Calcutta medical institutions reports 1871-78
Year: 1871
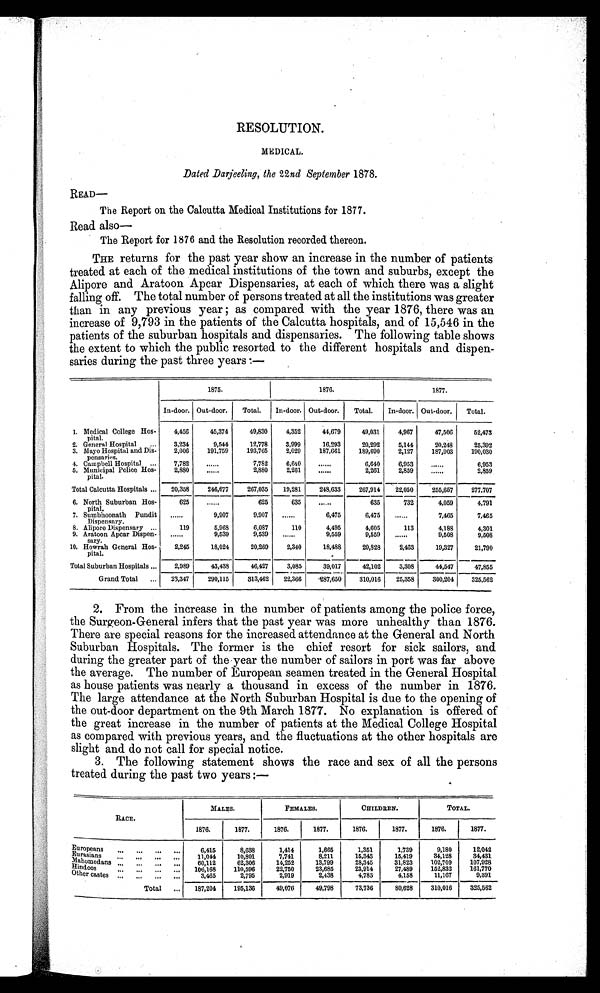
RESOLUTION.
MEDICAL.
Dated Darjeeling, the 22nd September 1878.
READ—
The Report on the Calcutta Medical Institutions for 1877.
Read also
—
The Report for 1876 and the Resolution recorded thereon.
THE returns for the past year show an increase in the number of patients
treated at each of the medical institutions of the town and suburbs, except the
Alipore and Aratoon Apcar Dispensaries, at each of which there was a slight
falling off. The total number of persons treated at all the institutions was greater
than in any pr evi ous year ; as compar ed wi t h t he year 1876, t her e was an
increase of 9,793 in the patients of the Calcutta hospitals, and of 15,546 in the
patients of the suburban hospitals and dispensaries. The following table shows
the extent to which the public resorted to the different hospitals and dispen-
saries during the past three years :—
1875.
1876.
1877.
In-door. Out-door.
Total.
In-door. Out-door.
Total.
In-door. Out-door.
Total.
1. Medical College Hos-
pital.
4,456
45,374
49,830
4,352
44,679
49,031
4,967
47,506
52,473
2. General Hospital
3,234
9,544
12,778
3,999
16,293
20,292
5,144
20,248
25,392
3. Mayo Hospital and Dis-
pensaris.
2,006
191,759
193,765
2,029
187,661
189,690
2,127
187,903
190,030
4. Campbell Hospital
7,782
. . .
7,782
6,640
. . .
6,640
6,953
. . .
6,953
5. Municipal Police Hos-
p i t a l .
2,880
. . .
2,880
2,261
. . .
2,261
2,859
. . .
2,859
Total Calcutta Hospitals
20,358
246,677
267,035
19,281
248,633
267,914
22,050
255,657
277.707
6. North Suburban Hos-
pital,
625
. . .
625
635
. . .
635
732
4,059
4,791
7. Sumbhoonath Pundit
Dispensary.
. . .
9,907
9,907
. . .
6,475
6,475
. . .
7,465
7,465
8. Alipore Dispensary
119
5,968
6,087
110
4,495
4,605
113
4,188
4,301
9. Aratoon Apcar Dispen-
sary.
. . .
9,539
9,539
. . .
9,559
9,559
. . .
9,508
9,508
10, Howrah General Hos-
pital.
2,245
18,024
20,269
2,340
18,488
,
20,828
2,463
19,327
21,790
Total Suburban Hospitals
2,989
43,438
46,427
3,085
39,017
42,102
3,308
44,547
47,855
Grand Total
23,347
290,115
313,462
22,366
287,650
310,016
25,358
300,204
325,562
2. From the increase in the number of patients among the police force,
the Surgeon-General infers that the past year was more unhealthy than 1876.
There are special reasons for the increased attendance at the General and North
Suburban Hospitals. The former is the chief resort for sick sailors, and
during the greater part of the year the number of sailors in port was far above
the average. The number of European seamen treated in the General Hospital
as house patients was nearly a thousand in excess of the number in 1876.
The large attendance at the North Suburban Hospital is due to the opening of
the out-door department on the 9th March 1877. No explanation is offered of
the great increase in the number of patients at the Medical College Hospital
as compared with previous years, and the fluctuations at the other hospitals are
slight and do not call for special notice.
3. The following statement shows the race and sex of all the persons
treated during the past two years :—
RACE.
MALES.
FEMALES.
CHILDREN.
TOTAL.
1876.
1877.
1876.
1877.
1876.
1877.
1876.
1877.
Europeans
6 , 4 1 5
8,638
1,414
1,665
1,351
1,739
9,180
12,042
E u r a s i a n s
1 1 , 0 4 4
10,801
7,741
8,211
15,343
15,419
34,128
34,431
M a h o m e d a n s
6 0 , 1 1 2
6 2 , 3 0 6
1 4 , 2 5 2
1 3 , 7 9 9
2 8 , 3 4 5
31,823
102,709
1 0 7 , 9 2 8
Hindoos
1 0 6 , 1 6 8
110,596
2 2 , 7 5 0
2 3 , 6 8 5
2 3 , 9 1 4
27,489
152,832
1 6 1 , 7 7 0
Other castes
3,465
2,795
2,919
2,438
4,783
4,158
11,167
9,391
Total
187,204
195,136
49,076
49,798
73,736
80,628
310,016
325,562